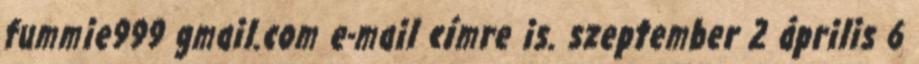
fummie999 gmail.com e-mail címre is. szeptember 2 április 6